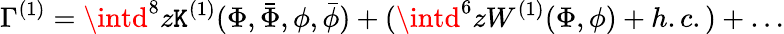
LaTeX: \Gamma^{(1)}=\intd^{8}z\mathtt{K}^{(1)}(\Phi,\bar{{\Phi}},\phi,\bar{{\phi}})+(\intd^{6}zW^{(1)}(\Phi,\phi)+h.c.)+\ldots